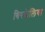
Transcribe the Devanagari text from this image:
बिरछेलिया